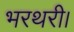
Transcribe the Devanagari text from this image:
भरथरी।